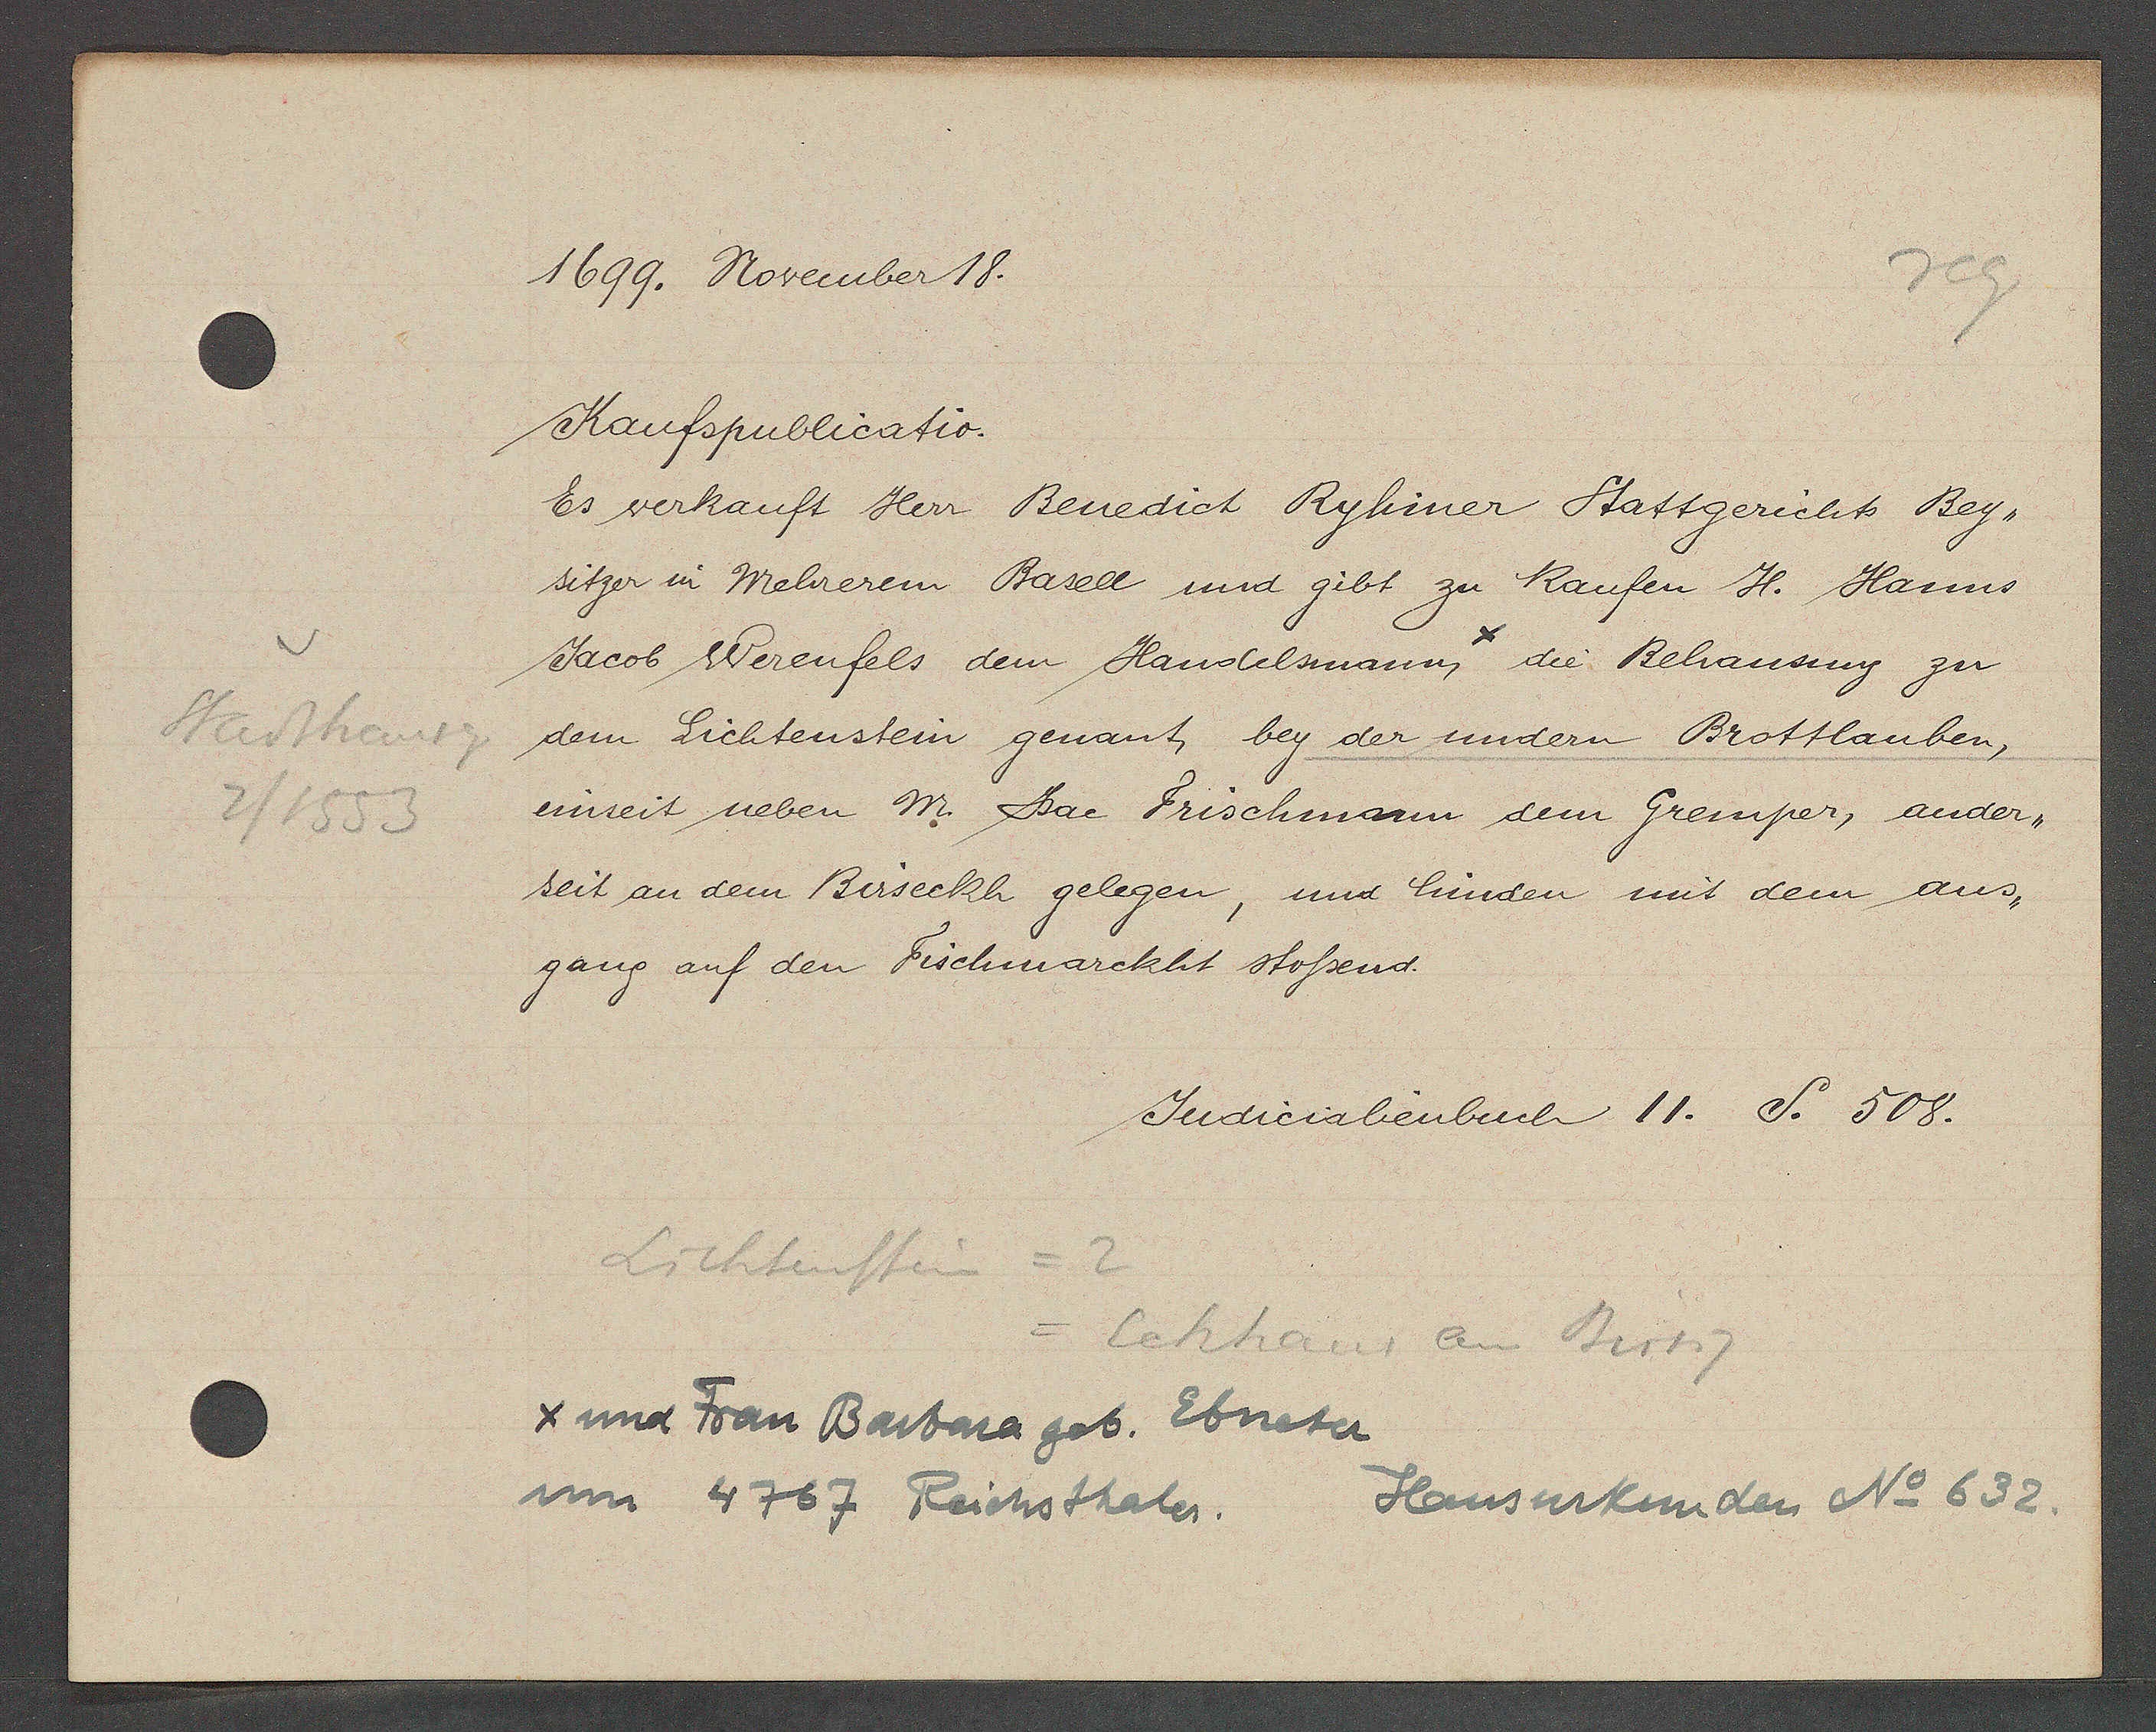
Transcript:
Stadtheurg
2/1553

1699. November 18.

Kaufpublicatio.
Es verkauft Herr Benedict Ryhiner Stattgerichts Bey¬
sitzer in Mehrerem Basell und gibt zu kaufen H. Hanns
Jacob Werenfels dem Handelsmann die Behausung zu
dem Lichtenstein genant bey der undern Brottlauben,
einseit neben M. Jac Frischmann dem Gremper, ander¬
seit an dem Birseckh gelegen, und hinden mit dem aus¬
gang auf den Fischmarckht stossend.

Judicialienbuch 11. S. 508.

x und Frau Barbara geb. Ebneter
um 4767 Reichsthaler.

Lichtenstein = 2
Eckhaus an Birsig

Hausurkunden No 632.